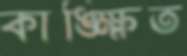
কাঙ্ক্ষিত